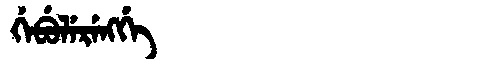
Manchu: ᡤᡝᠪᡠᠯᡝᡵᡝᠩᡤᡝ
Romanization: GEBULERENGGE